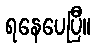
ရနေပေပြီ။